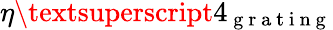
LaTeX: \eta\textsuperscript{4}_{\mathrm{~g~r~a~t~i~n~g~}}